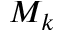
M _ { k }